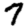
Digit: 7